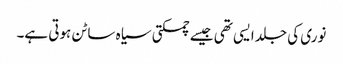
نوری کی جلد ایسی تھی جیسے چمکتی سیاہ ساٹن ہوتی ہے۔